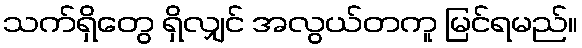
သက်ရှိတွေ ရှိလျှင် အလွယ်တကူ မြင်ရမည်။